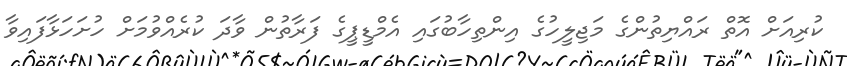
ކުރިއަށް އޮތް ރައްޔިތުންގެ މަޖިލީހުގެ އިންތިހާބުގައި އެމްޑީޕީގެ ފަރާތުން ވާދަ ކުރެއްވުމަށް ހުށަހަޅާފައިވާ